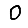
Digit: 0